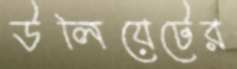
উলিয়েটের